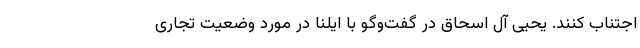
اجتناب کنند. یحیی آل اسحاق در گفت‌وگو با ایلنا در مورد وضعیت تجاری